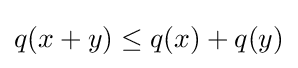
q(x+y)\leq q(x)+q(y)